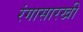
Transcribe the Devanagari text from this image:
रंगासारखी